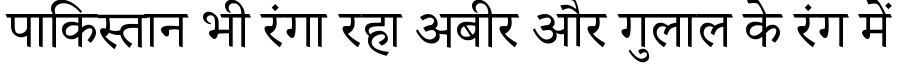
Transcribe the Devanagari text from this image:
पाकिस्तान भी रंगा रहा अबीर और गुलाल के रंग में